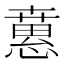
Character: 𢡘